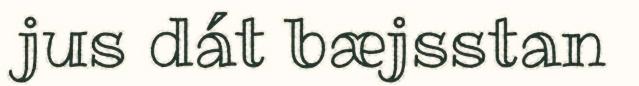
jus dát bæjsstan